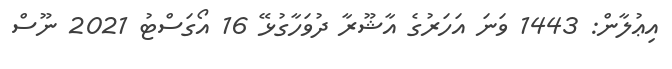
އިޢުލާން: 1443 ވަނަ އަހަރުގެ އާޝޫރާ ދުވަހާގުޅޭ 16 އޯގަސްޓު 2021 ނޫސް